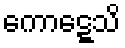
ကောဋ္ဋေသိ